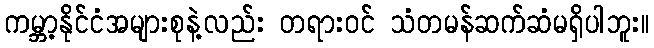
ကမ္ဘာ့နိုင်ငံအများစုနဲ့လည်း တရားဝင် သံတမန်ဆက်ဆံမရှိပါဘူး။